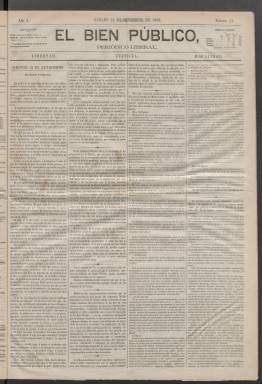
Título: El Bien público (Madrid. 1863)
Colección: Periódicos
Ámbito geográfico: Madrid
Lugar de publicación: Madrid
Fechas: 01/09/1863-16/04/1864